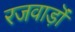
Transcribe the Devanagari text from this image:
रजवाड़ॊं